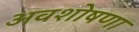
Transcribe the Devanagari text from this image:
अवशोषणा